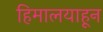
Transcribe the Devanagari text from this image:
हिमालयाहून